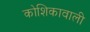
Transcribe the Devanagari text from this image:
कोशिकावाली